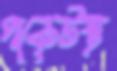
পকেটস্থ